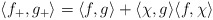
\begin{align*}\langle f_+,g_+\rangle = \langle f,g\rangle +\langle\chi,g\rangle\langle f,\chi\rangle\end{align*}